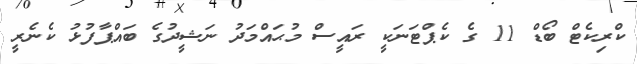
ކްރިކެޓް ބޯޑް 11 ގެ ކެޕްޓަނަކީ ރައީސް މުޙައްމަދު ނަޝީދުގެ ބައްޕާފުޅު ކެނެރީ